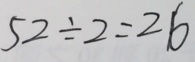
5 2 \div 2 = 2 6